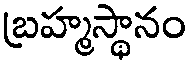
బ్రహ్మస్థానం